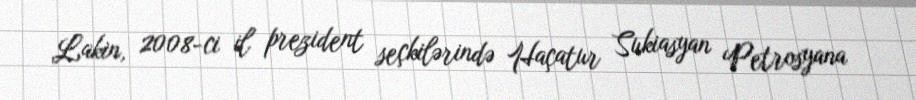
Lakin, 2008-ci il prezident seçkilərində Haçatur Sukiasyan Petrosyana